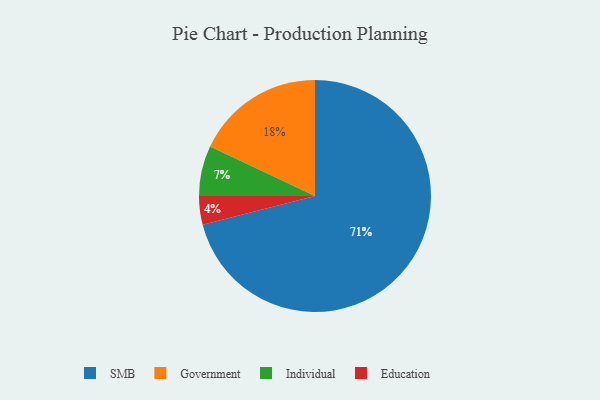
{"axis": {"x": "Category", "y": "Percentage"}, "legend": ["Education", "Government", "Individual", "SMB"], "data": [{"x": "SMB", "y": 71, "type": "SMB"}, {"x": "Government", "y": 18, "type": "Government"}, {"x": "Individual", "y": 7, "type": "Individual"}, {"x": "Education", "y": 4, "type": "Education"}]}